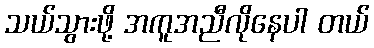
သယ်သွားဖို့ အကူအညီလိုနေပါ တယ်